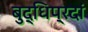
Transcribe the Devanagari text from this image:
बुद्धिप्रदां